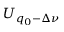
U _ { q _ { 0 } - \Delta \nu }